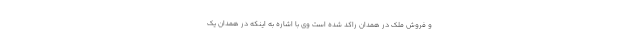
و فروش ملک در همدان راکد شده است وی با اشاره به اینکه در همدان یک